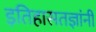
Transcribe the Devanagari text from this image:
इतिहासतज्ञांनी